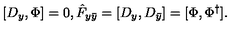
[ D _ { y } , \Phi ] = 0 , \hat { F } _ { y \bar { y } } = [ D _ { y } , D _ { \bar { y } } ] = [ \Phi , \Phi ^ { \dagger } ] .